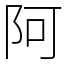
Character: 阿